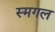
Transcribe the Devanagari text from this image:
स्मगल